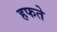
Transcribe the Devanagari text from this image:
हफते